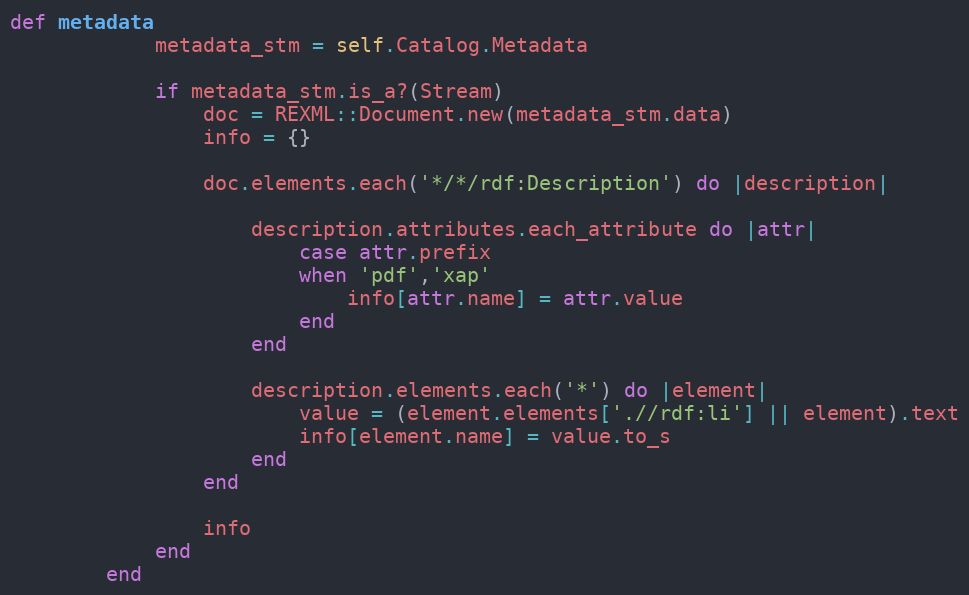
Language: Ruby
def metadata
            metadata_stm = self.Catalog.Metadata

            if metadata_stm.is_a?(Stream)
                doc = REXML::Document.new(metadata_stm.data)
                info = {}

                doc.elements.each('*/*/rdf:Description') do |description|

                    description.attributes.each_attribute do |attr|
                        case attr.prefix
                        when 'pdf','xap'
                            info[attr.name] = attr.value
                        end
                    end

                    description.elements.each('*') do |element|
                        value = (element.elements['.//rdf:li'] || element).text
                        info[element.name] = value.to_s
                    end
                end

                info
            end
        end